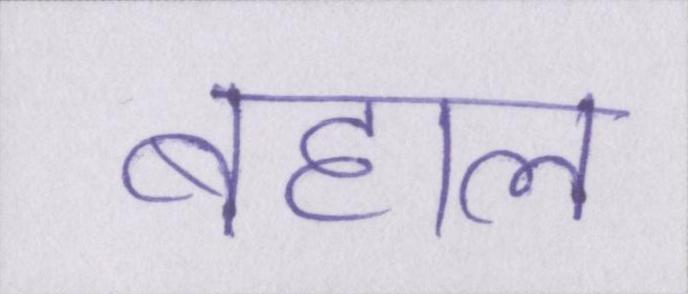
बहाल